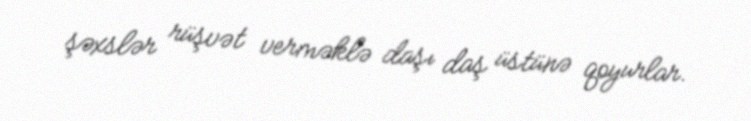
şəxslər rüşvət verməklə daşı daş üstünə qoyurlar.